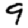
Digit: 9